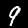
Digit: 9